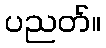
ပညတ်။